Leaving Certificate Examination (including Day School Certificate (Higher) General paper), 1930
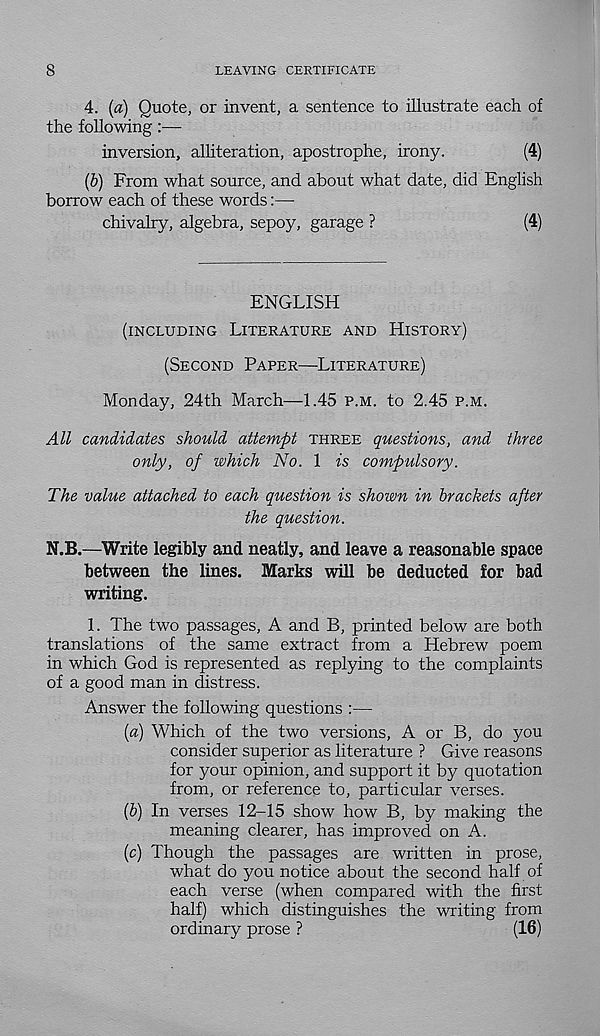
8
LEAVING CERTIFICATE
4. (a) Quote, or invent, a sentence to illustrate each of
the following:—
inversion, alliteration, apostrophe, irony.
(4)
(b) From what source, and about what date, did English
borrow each of these words:—
chivalry, algebra, sepoy, garage ?
(4)
ENGLISH
(INCLUDING LITERATURE AND HISTORY)
(SECOND PAPER—LITERATURE)
Monday, 24th March—1.45 P.M. to 2.45 P.M.
All candidates should attempt THREE questions, and three
only, of which No. 1 is compulsory.
The value attached to each question is shown in brackets after
the question.
N.B.—Write legibly and neatly, and leave a reasonable space
between the lines. Marks will be deducted for bad
writing.
1. The two passages, A and B, printed below are both
translations of the same extract from a Hebrew poem
in which God is represented as replying to the complaints
of a good man in distress.
Answer the following questions :—
{a) Which of the two versions, A or B, do you
consider superior as literature ? Give reasons
for your opinion, and support it by quotation
from, or reference to, particular verses.
{b) In verses 12-15 show how B, by making the
meaning clearer, has improved on A.
(c) Though the passages are written in prose,
what do you notice about the second half of
each verse (when compared with the first
half) which distinguishes the writing from
ordinary prose ?
(16)